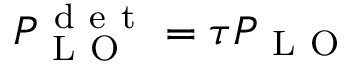
P _ { \mathrm { ~ L ~ O ~ } } ^ { \mathrm { ~ d ~ e ~ t ~ } } = \tau P _ { \mathrm { ~ L ~ O ~ } }